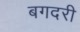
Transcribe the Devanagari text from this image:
बगदरी